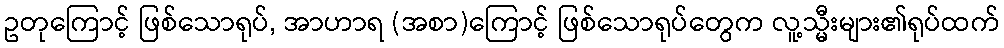
ဥတုကြောင့် ဖြစ်သောရုပ်, အာဟာရ (အစာ)ကြောင့် ဖြစ်သောရုပ်တွေက လူ့သ္မီးများ၏ရုပ်ထက်